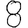
Digit: 8